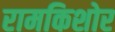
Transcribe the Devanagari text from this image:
रामकिशोर